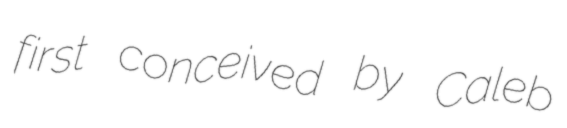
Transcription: first conceived by Caleb